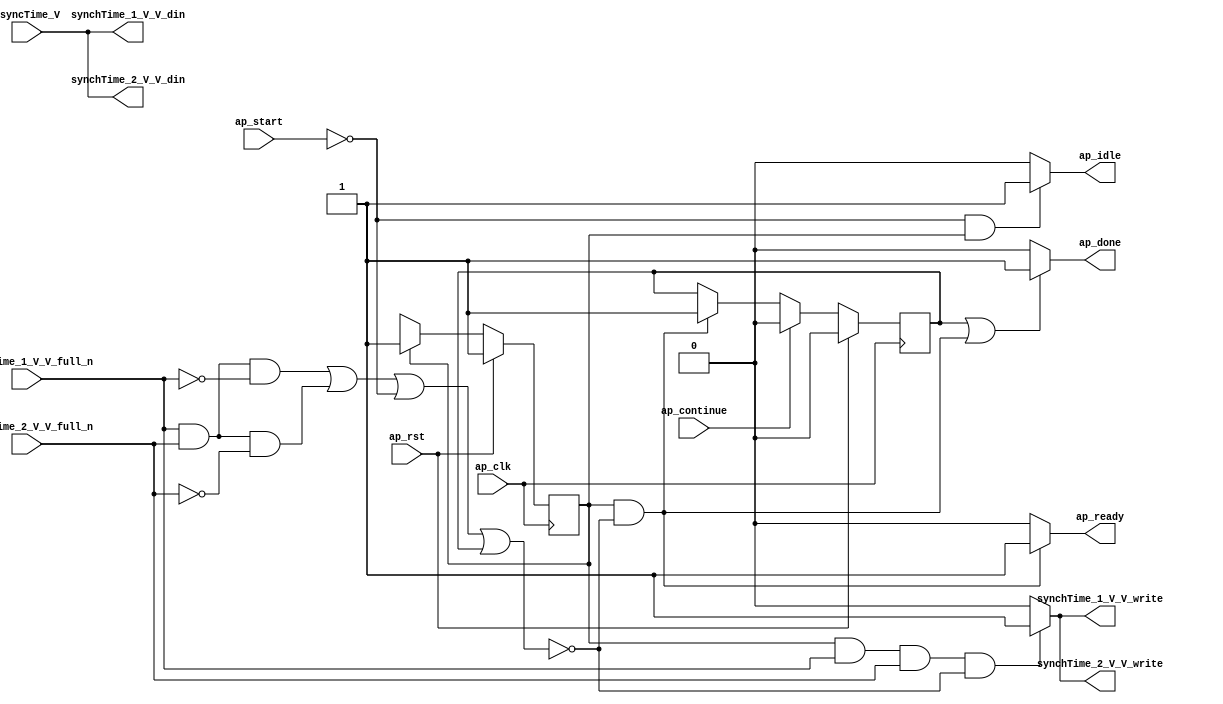
// ==============================================================
// RTL generated by Vivado(TM) HLS - High-Level Synthesis from C, C++ and SystemC
// Version: 2016.3
// Copyright (C) 1986-2016 Xilinx, Inc. All Rights Reserved.
// 
// ===========================================================

`timescale 1 ns / 1 ps 

module Block_proc (
        ap_clk,
        ap_rst,
        ap_start,
        ap_done,
        ap_continue,
        ap_idle,
        ap_ready,
        synchTime_1_V_V_din,
        synchTime_1_V_V_full_n,
        synchTime_1_V_V_write,
        synchTime_2_V_V_din,
        synchTime_2_V_V_full_n,
        synchTime_2_V_V_write,
        asyncTime_V
);

parameter    ap_ST_fsm_state1 = 1'b1;
parameter    ap_const_lv32_0 = 32'b00000000000000000000000000000000;

input   ap_clk;
input   ap_rst;
input   ap_start;
output   ap_done;
input   ap_continue;
output   ap_idle;
output   ap_ready;
output  [63:0] synchTime_1_V_V_din;
input   synchTime_1_V_V_full_n;
output   synchTime_1_V_V_write;
output  [63:0] synchTime_2_V_V_din;
input   synchTime_2_V_V_full_n;
output   synchTime_2_V_V_write;
input  [63:0] asyncTime_V;

reg ap_done;
reg ap_idle;
reg ap_ready;
reg synchTime_1_V_V_write;
reg synchTime_2_V_V_write;

reg    ap_done_reg;
(* fsm_encoding = "none" *) reg   [0:0] ap_CS_fsm;
wire   [0:0] ap_CS_fsm_state1;
reg    synchTime_1_V_V_blk_n;
wire   [0:0] tmp_nbwritereq_fu_66_p3;
wire   [0:0] tmp_1_nbwritereq_fu_74_p3;
reg    synchTime_2_V_V_blk_n;
reg    ap_condition_55;
reg   [0:0] ap_NS_fsm;

// power-on initialization
initial begin
#0 ap_done_reg = 1'b0;
#0 ap_CS_fsm = 1'b1;
end

always @ (posedge ap_clk) begin
    if (ap_rst == 1'b1) begin
        ap_CS_fsm <= ap_ST_fsm_state1;
    end else begin
        ap_CS_fsm <= ap_NS_fsm;
    end
end

always @ (posedge ap_clk) begin
    if (ap_rst == 1'b1) begin
        ap_done_reg <= 1'b0;
    end else begin
        if ((1'b1 == ap_continue)) begin
            ap_done_reg <= 1'b0;
        end else if (((ap_CS_fsm_state1 == 1'b1) & ~(ap_condition_55 == 1'b1))) begin
            ap_done_reg <= 1'b1;
        end
    end
end

always @ (*) begin
    if (((1'b1 == ap_done_reg) | ((ap_CS_fsm_state1 == 1'b1) & ~(ap_condition_55 == 1'b1)))) begin
        ap_done = 1'b1;
    end else begin
        ap_done = 1'b0;
    end
end

always @ (*) begin
    if (((1'b0 == ap_start) & (ap_CS_fsm_state1 == 1'b1))) begin
        ap_idle = 1'b1;
    end else begin
        ap_idle = 1'b0;
    end
end

always @ (*) begin
    if (((ap_CS_fsm_state1 == 1'b1) & ~(ap_condition_55 == 1'b1))) begin
        ap_ready = 1'b1;
    end else begin
        ap_ready = 1'b0;
    end
end

always @ (*) begin
    if (((ap_CS_fsm_state1 == 1'b1) & ~(tmp_nbwritereq_fu_66_p3 == 1'b0) & ~(1'b0 == tmp_1_nbwritereq_fu_74_p3))) begin
        synchTime_1_V_V_blk_n = synchTime_1_V_V_full_n;
    end else begin
        synchTime_1_V_V_blk_n = 1'b1;
    end
end

always @ (*) begin
    if (((ap_CS_fsm_state1 == 1'b1) & ~(tmp_nbwritereq_fu_66_p3 == 1'b0) & ~(1'b0 == tmp_1_nbwritereq_fu_74_p3) & ~(ap_condition_55 == 1'b1))) begin
        synchTime_1_V_V_write = 1'b1;
    end else begin
        synchTime_1_V_V_write = 1'b0;
    end
end

always @ (*) begin
    if (((ap_CS_fsm_state1 == 1'b1) & ~(tmp_nbwritereq_fu_66_p3 == 1'b0) & ~(1'b0 == tmp_1_nbwritereq_fu_74_p3))) begin
        synchTime_2_V_V_blk_n = synchTime_2_V_V_full_n;
    end else begin
        synchTime_2_V_V_blk_n = 1'b1;
    end
end

always @ (*) begin
    if (((ap_CS_fsm_state1 == 1'b1) & ~(tmp_nbwritereq_fu_66_p3 == 1'b0) & ~(1'b0 == tmp_1_nbwritereq_fu_74_p3) & ~(ap_condition_55 == 1'b1))) begin
        synchTime_2_V_V_write = 1'b1;
    end else begin
        synchTime_2_V_V_write = 1'b0;
    end
end

always @ (*) begin
    case (ap_CS_fsm)
        ap_ST_fsm_state1 : begin
            ap_NS_fsm = ap_ST_fsm_state1;
        end
        default : begin
            ap_NS_fsm = 'bx;
        end
    endcase
end

assign ap_CS_fsm_state1 = ap_CS_fsm[ap_const_lv32_0];

always @ (*) begin
    ap_condition_55 = ((~(tmp_nbwritereq_fu_66_p3 == 1'b0) & ~(1'b0 == tmp_1_nbwritereq_fu_74_p3) & (synchTime_1_V_V_full_n == 1'b0)) | (~(tmp_nbwritereq_fu_66_p3 == 1'b0) & ~(1'b0 == tmp_1_nbwritereq_fu_74_p3) & (synchTime_2_V_V_full_n == 1'b0)) | (ap_start == 1'b0) | (ap_done_reg == 1'b1));
end

assign synchTime_1_V_V_din = asyncTime_V;

assign synchTime_2_V_V_din = asyncTime_V;

assign tmp_1_nbwritereq_fu_74_p3 = synchTime_2_V_V_full_n;

assign tmp_nbwritereq_fu_66_p3 = synchTime_1_V_V_full_n;

endmodule //Block_proc